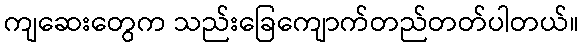
ကျဆေးတွေက သည်းခြေကျောက်တည်တတ်ပါတယ်။